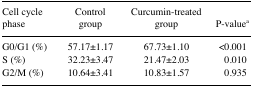
<table><thead><tr><td><b>Cell cycle phase</b></td><td><b>Control group</b></td><td><b>Curcumin-treated group</b></td><td><b>P-valuea</b></td></tr></thead><tbody><tr><td>G0/G1 (%)</td><td>57.17±1.17</td><td>67.73±1.10</td><td>&lt;0.001</td></tr><tr><td>S (%)</td><td>32.23±3.47</td><td>21.47±2.03</td><td>0.010</td></tr><tr><td>G2/M (%)</td><td>10.64±3.41</td><td>10.83±1.57</td><td>0.935</td></tr></tbody></table>